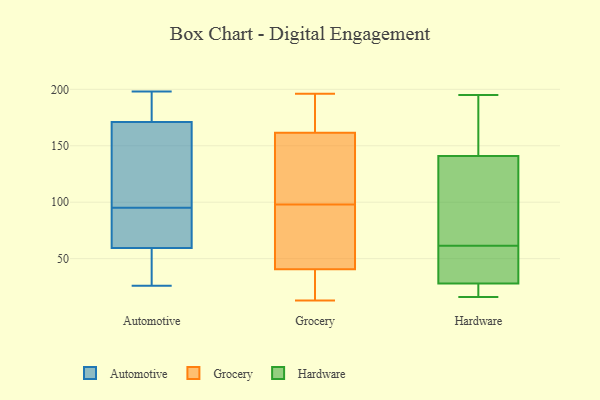
{"axis": {"x": "Page Views", "y": "Value"}, "legend": ["Automotive", "Grocery", "Hardware"], "data": [{"x": "", "y": 88, "type": "Automotive"}, {"x": "", "y": 109, "type": "Automotive"}, {"x": "", "y": 82, "type": "Automotive"}, {"x": "", "y": 107, "type": "Automotive"}, {"x": "", "y": 58, "type": "Automotive"}, {"x": "", "y": 61, "type": "Automotive"}, {"x": "", "y": 26, "type": "Automotive"}, {"x": "", "y": 40, "type": "Automotive"}, {"x": "", "y": 102, "type": "Automotive"}, {"x": "", "y": 185, "type": "Automotive"}, {"x": "", "y": 68, "type": "Automotive"}, {"x": "", "y": 45, "type": "Automotive"}, {"x": "", "y": 70, "type": "Automotive"}, {"x": "", "y": 184, "type": "Automotive"}, {"x": "", "y": 160, "type": "Automotive"}, {"x": "", "y": 182, "type": "Automotive"}, {"x": "", "y": 197, "type": "Automotive"}, {"x": "", "y": 151, "type": "Automotive"}, {"x": "", "y": 31, "type": "Automotive"}, {"x": "", "y": 198, "type": "Automotive"}, {"x": "", "y": 103, "type": "Grocery"}, {"x": "", "y": 98, "type": "Grocery"}, {"x": "", "y": 53, "type": "Grocery"}, {"x": "", "y": 41, "type": "Grocery"}, {"x": "", "y": 61, "type": "Grocery"}, {"x": "", "y": 161, "type": "Grocery"}, {"x": "", "y": 39, "type": "Grocery"}, {"x": "", "y": 36, "type": "Grocery"}, {"x": "", "y": 196, "type": "Grocery"}, {"x": "", "y": 13, "type": "Grocery"}, {"x": "", "y": 155, "type": "Grocery"}, {"x": "", "y": 163, "type": "Grocery"}, {"x": "", "y": 172, "type": "Grocery"}, {"x": "", "y": 46, "type": "Hardware"}, {"x": "", "y": 159, "type": "Hardware"}, {"x": "", "y": 53, "type": "Hardware"}, {"x": "", "y": 28, "type": "Hardware"}, {"x": "", "y": 62, "type": "Hardware"}, {"x": "", "y": 24, "type": "Hardware"}, {"x": "", "y": 16, "type": "Hardware"}, {"x": "", "y": 23, "type": "Hardware"}, {"x": "", "y": 61, "type": "Hardware"}, {"x": "", "y": 141, "type": "Hardware"}, {"x": "", "y": 195, "type": "Hardware"}, {"x": "", "y": 98, "type": "Hardware"}, {"x": "", "y": 175, "type": "Hardware"}, {"x": "", "y": 112, "type": "Hardware"}]}